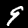
Digit: 9